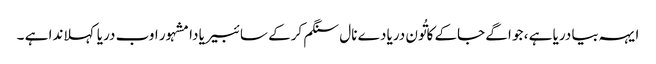
ایہہ بیا دریا ہے ، جو اگے جاکے کاتُون دریا دے نال سنگم کرکے سائبیریا دا مشہور اوب دریا کہلاندا ہے ۔